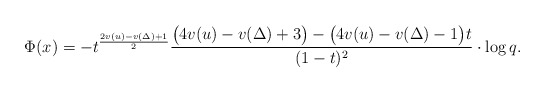
\begin{align*}\Phi(x)=-t^{\frac{2v(u)-v(\Delta)+1}{2}} \frac{ \bigl(4v(u)-v(\Delta)+3\bigr)-\bigl(4v(u)-v(\Delta)-1\bigr) t}{(1 - t)^2}\cdot \log q.\end{align*}